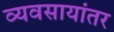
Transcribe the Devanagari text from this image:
व्यवसायांतर